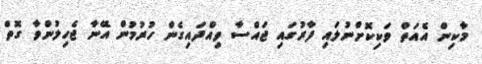
މާކިން އެއަތް ވަކިކޮށްނުލައި ފާރުގައި ޖައްސާ ވިއްދައިގެން ހުރުމުން އޭނާ ޖެހިލުންވާ ގޮތް